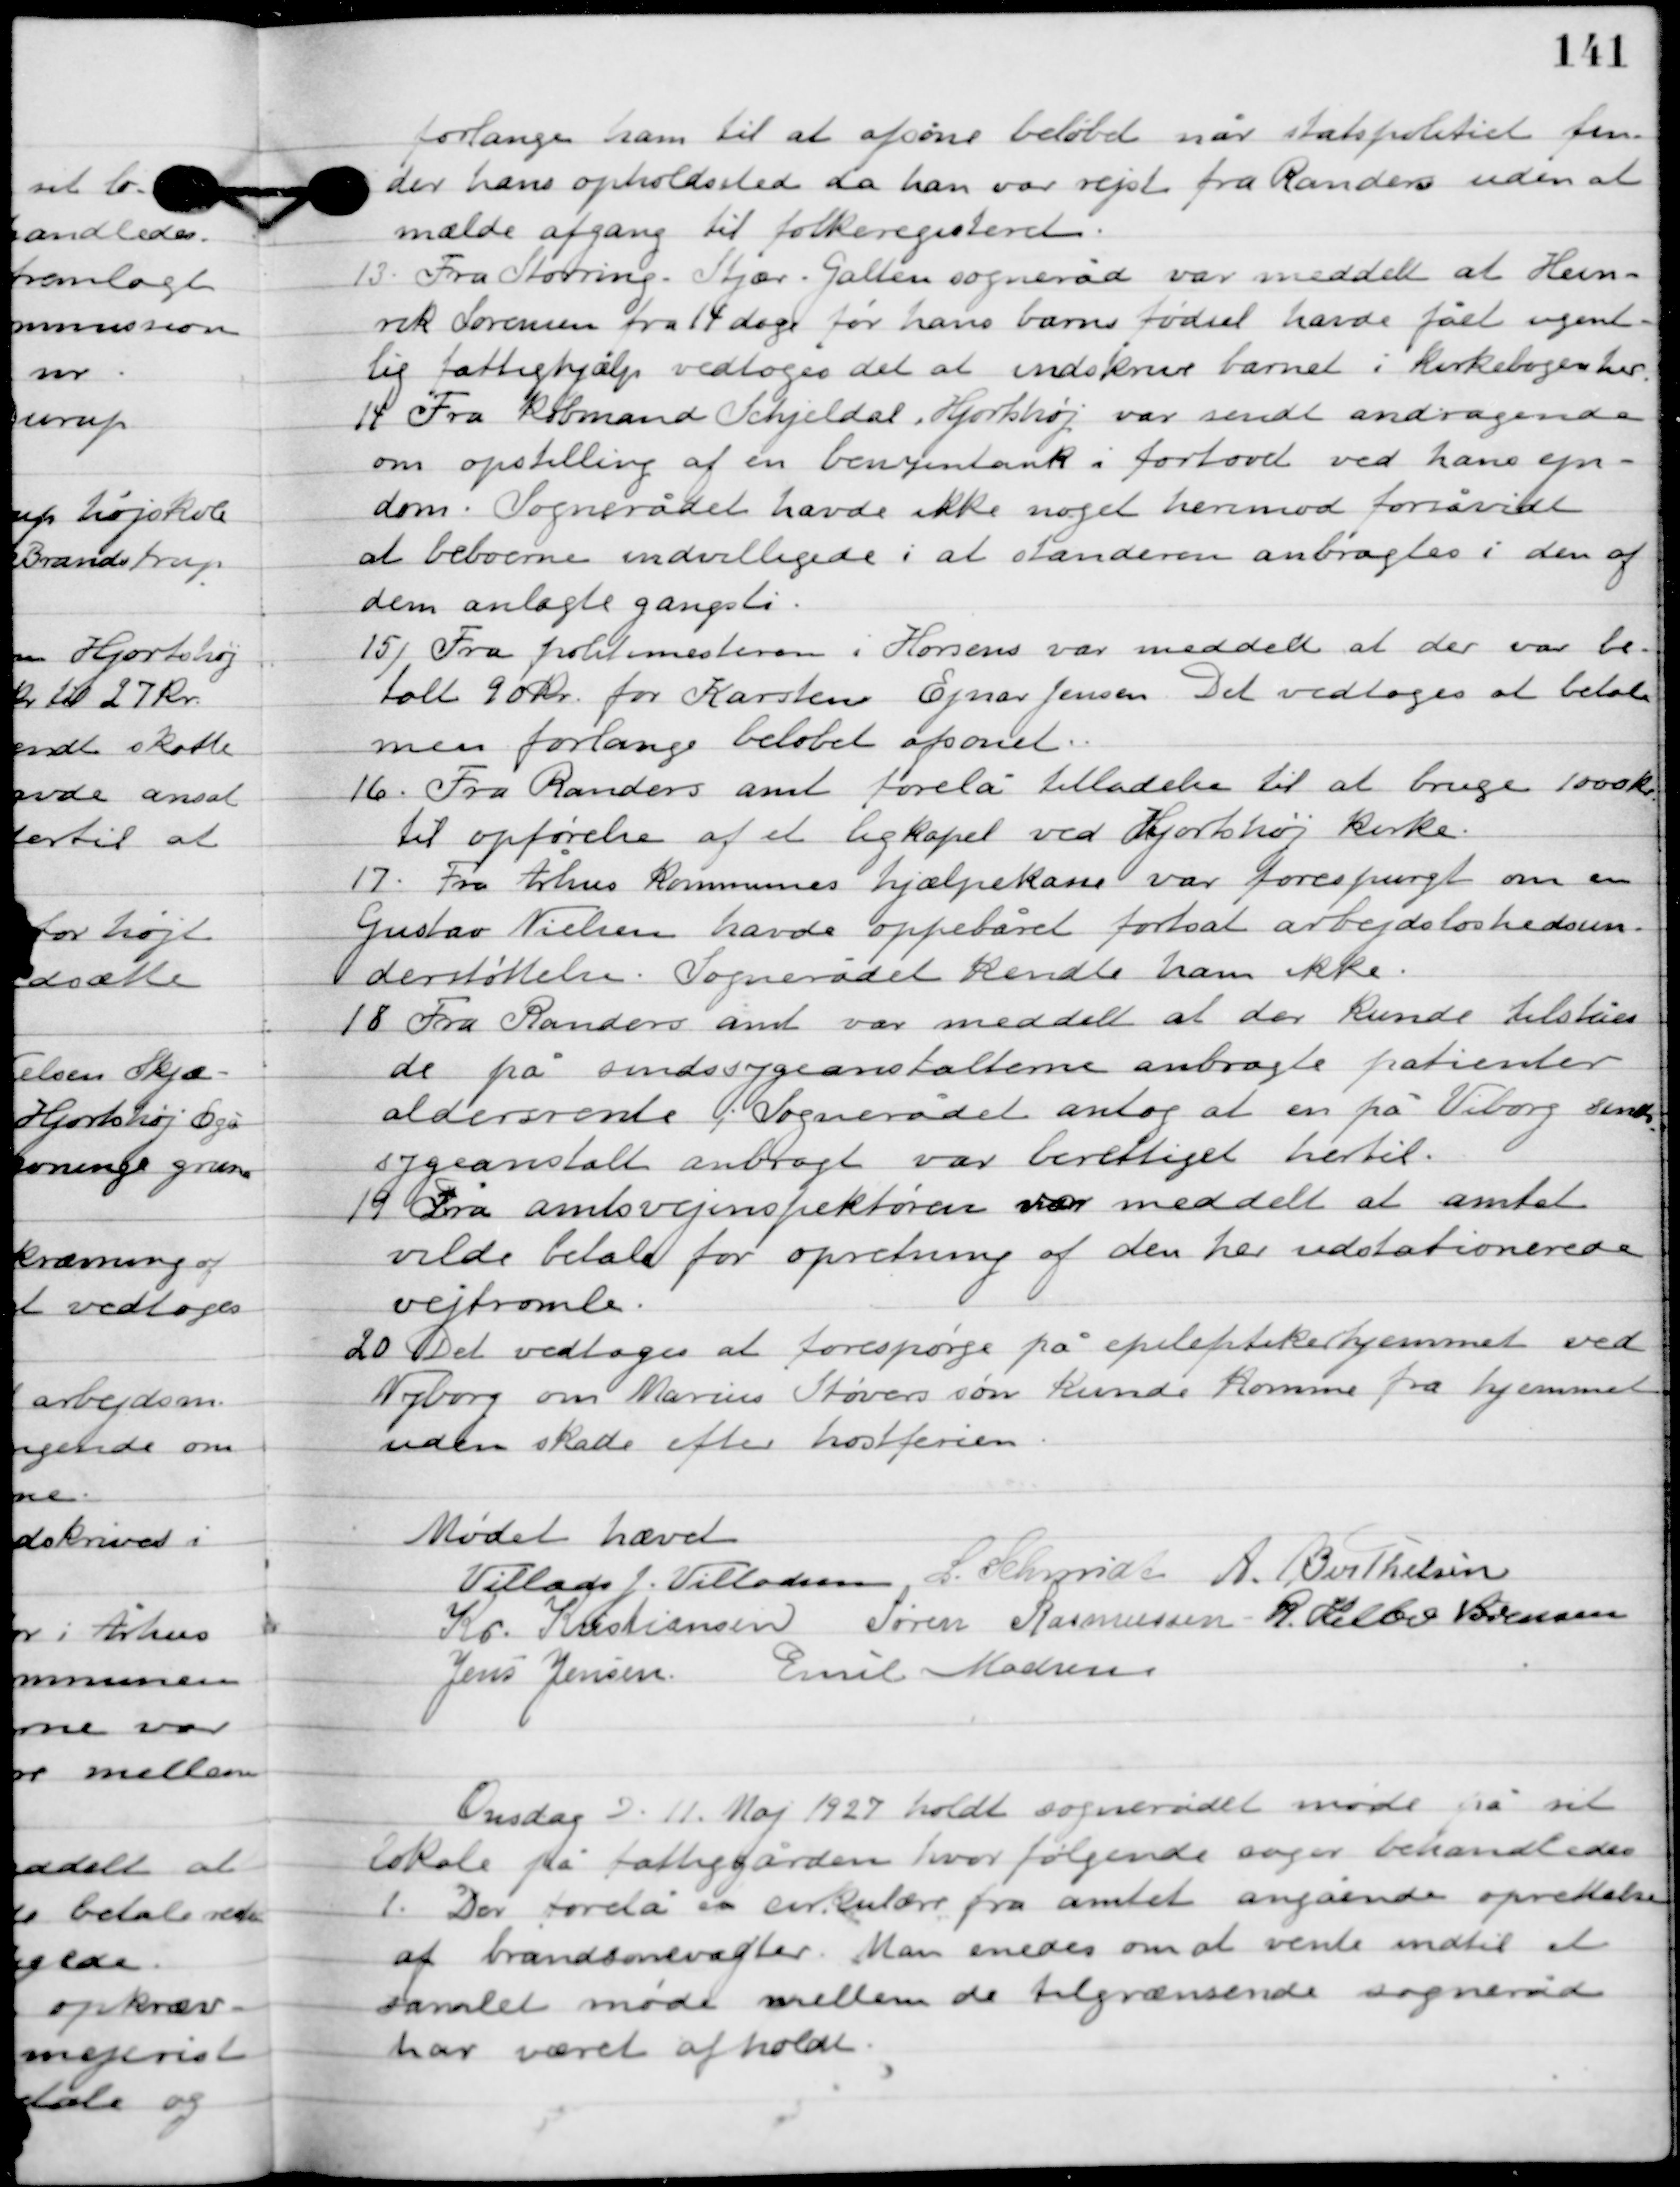
Transskription:
forlange ham til at afsone beløbet når statspolitiet fin-
der hans opholdssted da han var rejst fra Randers uden at
mælde afgang til folkeregisteret.

13

Fra Storring-Stjær-Galten sogneråd var meddelt at Hen-
rik Sørensen fra 14 dage før hans barns fødsel havde fået ugent-
lig fattighjælp vedtoges det at indskrive barnet i kirkebogen her.

14

Fra Købmand Schjeldal, Hjortshøj var sendt andragende
om opstilling af en benzintank i fortovet ved hans ejen-
dom. Sognerådet havde ikke noget herimod forsåvidt
at beboerne indvilligede i at standeren anbragtes i den af
dem anlagte gangsti.

15

Fra politimesteren i Horsens svar meddelt at der var be-
talt 90 kr. for Karsten Ejnar Jensen. Det vedtoges at betale
men forlange beløbet afsonet.

16

Fra Randers amt forelå tilladelse til at bruge 1000 kr.
til opførelse af et ligkapel ved Hjortshøj kirke.

17

Fra Århus kommune hjælpeklasse var forespurgt om en
Gustav Nielsen havde oppebåret fortsat arbejdsløshedsun-
derstøttelse. Sognerådet kendte ham ikke.

18

Fra Randers amt var meddelt at der kunde tilståes
de på sindssygeanstalterne anbragte patienter
aldersrente. Sognerådet antog at en på Viborg sinds-
sygeanstalt anbragt var berettiget hertil.

19

Fra amtsvejinspektøren var meddelt at amtet
vilde betale for opretning af den her udstationerede
vejtromle.

20

Det vedtoges at forespørge på epileptikerhjemmet ved
Nyborg om Marius Støvers søn kunde komme fra hjemmet
uden skade efter hostferien.

Mødet hævet.

Villads J. Villadsen
I. Schmidt
A. Berthelsen
Kr. Kristiansen
Søren Rasmussen
Jens Jensen
R. Helbo Sørensen
Emil Madsen

Onsdag D. 11. Maj 1927 holdt sognerådet møde på sit
lokale på fattiggården, hvor følgende sager behandledes.

1

Der forelå en cirkulære fra amtet angående oprettelse
af brandsonevagter. Man enedes om at vente indtil et
samlet møde mellem de tilgrænsende sogneråd
har været afholdt.